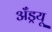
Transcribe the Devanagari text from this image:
अँड्रयू